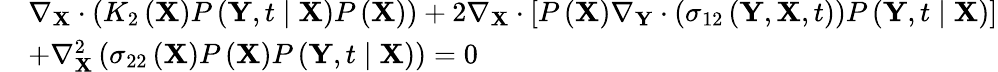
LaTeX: \begin{array}{rl}&{\nabla_{\mathbf{X}}\cdot\left(K_{2}\left(\mathbf{X}\right)P\left(\mathbf{Y},t\mid\mathbf{X}\right)P\left(\mathbf{X}\right)\right)+2\nabla_{\mathbf{X}}\cdot\left[P\left(\mathbf{X}\right)\nabla_{\mathbf{Y}}\cdot\left(\sigma_{12}\left(\mathbf{Y},\mathbf{X},t\right)\right)P\left(\mathbf{Y},t\mid\mathbf{X}\right)\right]}\\ &{+\nabla_{\mathbf{X}}^{2}\left(\sigma_{22}\left(\mathbf{X}\right)P\left(\mathbf{X}\right)P\left(\mathbf{Y},t\mid\mathbf{X}\right)\right)=0}\end{array}